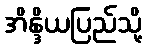
အိန္ဒိယပြည်သို့